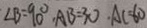
\angle B = 9 0 ^ { \circ } , A B = 3 0 \cdot A C = 6 0